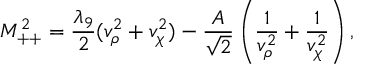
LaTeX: M _ { + + } ^ { 2 } = \frac { \lambda _ { 9 } } { 2 } ( v _ { \rho } ^ { 2 } + v _ { \chi } ^ { 2 } ) - \frac { A } { \sqrt 2 } \left( \frac { 1 } { v _ { \rho } ^ { 2 } } + \frac { 1 } { v _ { \chi } ^ { 2 } } \right) ,